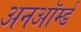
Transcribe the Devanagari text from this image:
अनऑर्म्ड